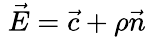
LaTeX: \; {\vec{E}}={\vec{c}}+\rho{\vec{n}}